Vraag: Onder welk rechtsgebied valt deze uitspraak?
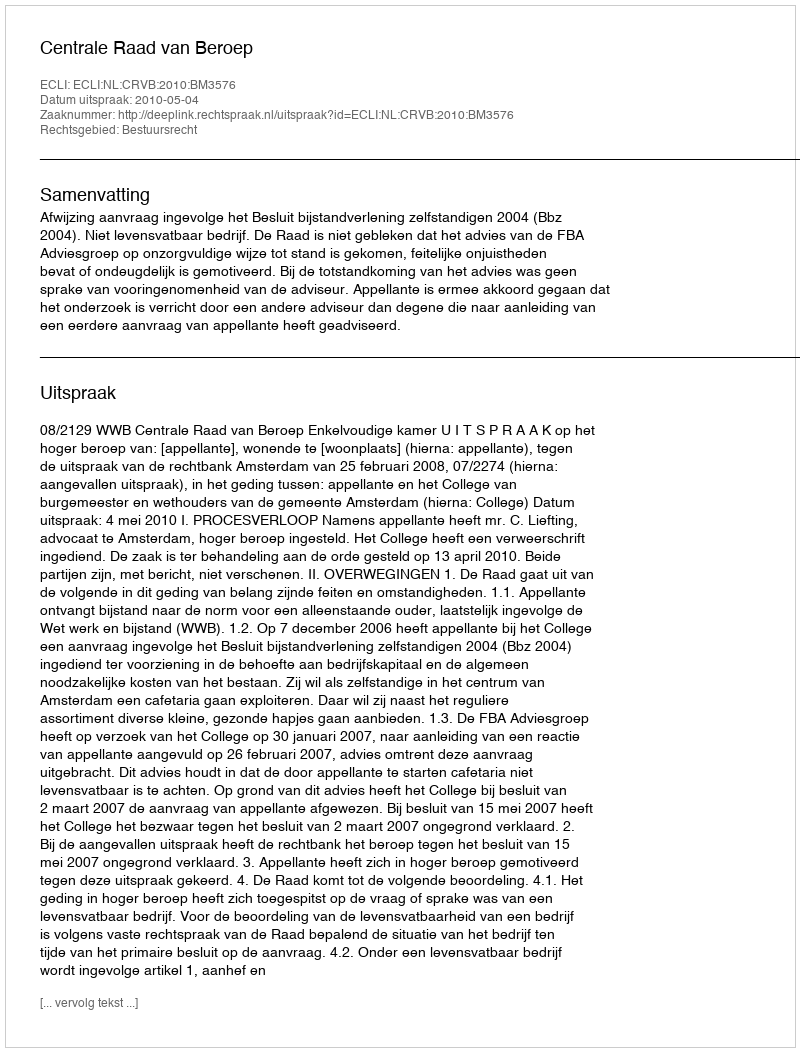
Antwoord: Bestuursrecht